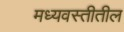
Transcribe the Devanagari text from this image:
मध्यवस्तीतील